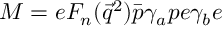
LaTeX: M = e F _ { n } ( \vec { q } ^ { 2 } ) \bar { p } \gamma _ { a } p e \gamma _ { b } e